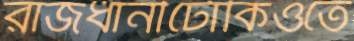
রাজধানীটোকিওতে